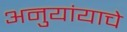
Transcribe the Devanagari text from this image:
अनुयांयाचे